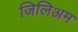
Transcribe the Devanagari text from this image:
जिलिअम